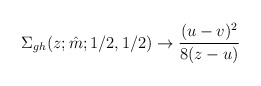
\begin{align*}\Sigma_{gh}(z;\hat m;1/2,1/2)\to\frac{(u-v)^2}{8(z-u)}\end{align*}